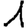
Digit: 1